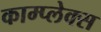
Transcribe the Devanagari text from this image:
काम्‍प्‍लेक्स